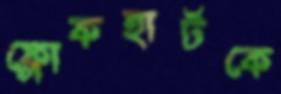
ফ্লোকহার্টকে